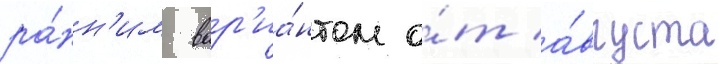
ра́нн'им вар'иа́нтом о́т а́вгуста